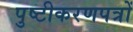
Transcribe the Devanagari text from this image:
पुष्टीकरणपत्रों